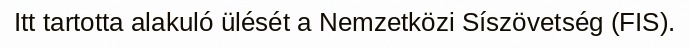
Itt tartotta alakuló ülését a Nemzetközi Síszövetség (FIS).